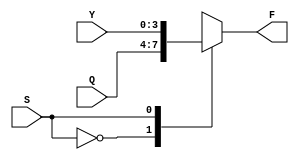
module MUX_2(S, Y, Q, F);
  parameter size = 4;
  input [size-1:0] Y, Q;
  input S;
  output reg [size-1:0] F;
  
  always @(Y or Q or S)
    begin
      case(S)
       0: F <= Q;
       1: F <= Y;
      endcase
    end
endmodule